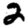
Digit: 2